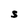
Character: S